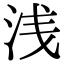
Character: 浅